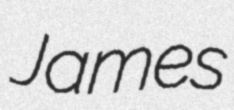
James